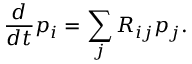
\frac { d } { d t } p _ { i } = \sum _ { j } R _ { i j } p _ { j } .